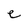
Character: e